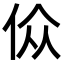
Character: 𬾀